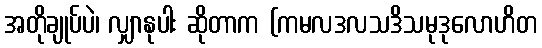
အတိုချုပ်ပဲ၊ လျှာနုပါး ဆိုတာက (ကမလဒလသဒိသမုဒုလောဟိတ